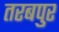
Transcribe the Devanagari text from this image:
तरबपुर